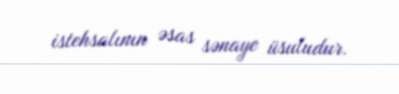
istehsalının əsas sənaye üsuludur.